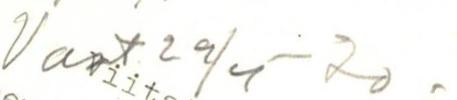
Vast. 29/4-30.